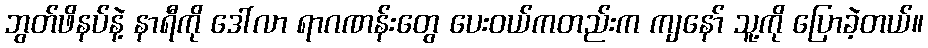
ဘွတ်ဖိနပ်နဲ့ နာရီကို ဒေါ်လာ ရာဂဏန်းတွေ ပေးဝယ်ကတည်းက ကျနော် သူ့ကို ပြောခဲ့တယ်။